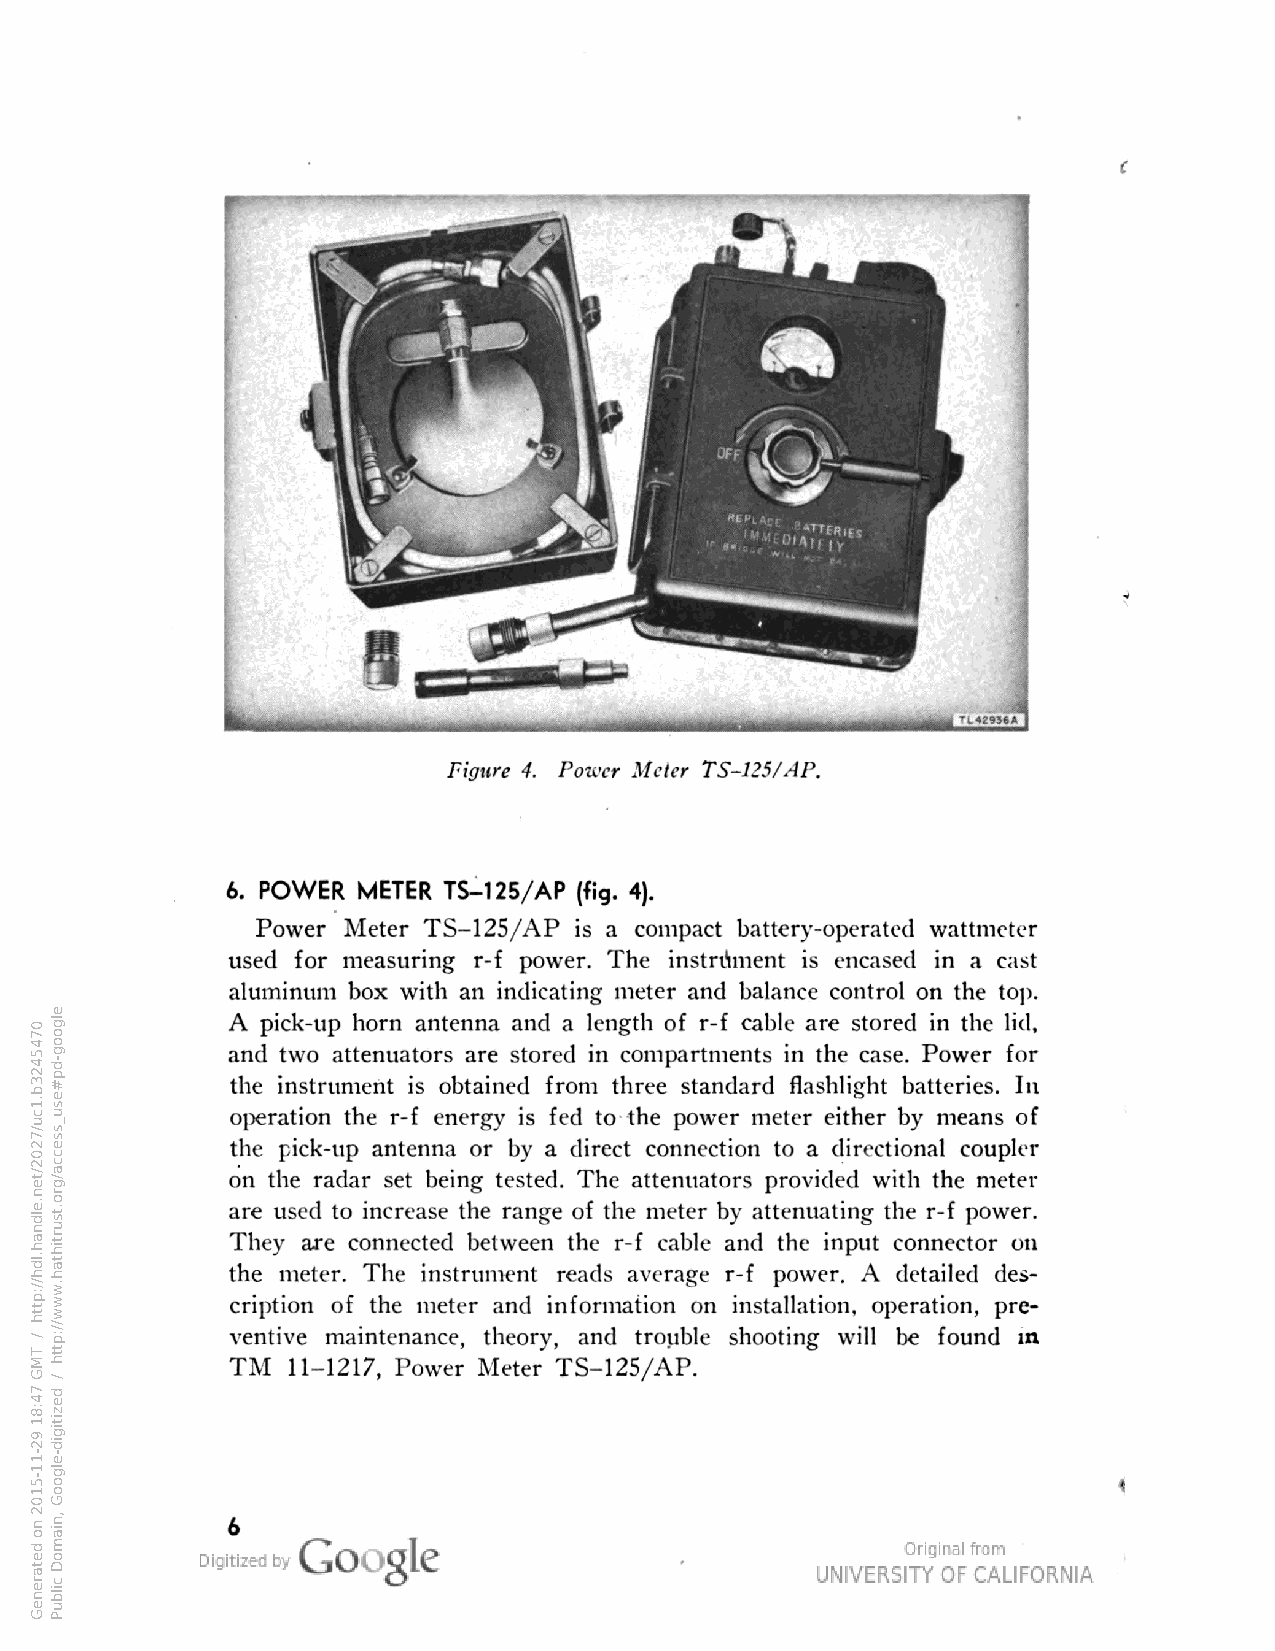
figure 4. Power Meter TS-125/AP.
 6. POWER METER TS-125/AP (fig.
 Power Meter TS-125/AP    compact battery-operated wattmeter
 used for measuring r-f power. The instrument encased in cast
 aluminum box with an indicating meter and balance control on the top.
 A pick-up horn antenna and length of r-f cable are stored in the lid,
 and two attenuators are stored in compartments in the case. Power for
 the instrument obtained from three standard flashlight batteries. In
 operation the r-f energy fed to the power meter either by means of
 the pick-up antenna or by a direct connection to directional coupler
 on the radar set being tested. The attenuators provided with the meter
 are used to increase the range of the meter by attenuating the r-f power.
 They are connected between the r-f cable and the input connector on
 the meter. The instrument reads average r-f power. A detailed des
 cription of the meter and information on installation, operation, pre
 ventive maintenance, theory, and trouble shooting will be found m
 TM  11-1217, Power Meter TS-125/AP.
 0745423b.1cu/7202/ten.eldnah.ldh//:ptth
 /
 TMG
 74:81
 92-11-5102
 no
 detareneG
 elgoog-dp#esu_ssecca/gro.tsurtihtah.www//:ptth
 /
 dezitigid-elgooG
 ,niamoD
 cilbuP
 si
 si
 a
 si a
 .)4
 si
 a
 a